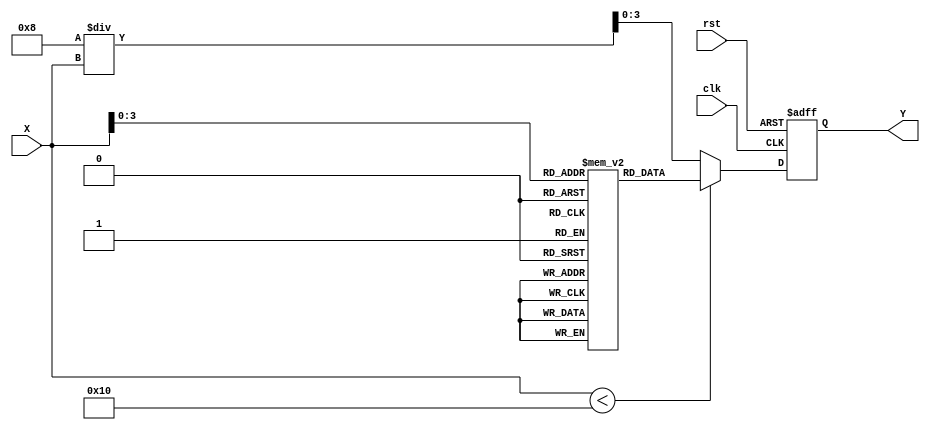
module approx_reciprocal
    #(parameter N = 8,      // Width of input
      parameter M = 4,      // Width of output
      parameter LUT_SIZE = 16 // Size of the LUT
    )
    (
    input  wire [N-1:0] X,  // N-bit input
    output reg  [M-1:0] Y,  // M-bit output
    input  wire clk,         // Clock
    input  wire rst          // Reset
    );

    // LUT for approximate reciprocal values
    reg [M-1:0] lut [0:LUT_SIZE-1];

    // Initialize the LUT with precomputed reciprocal values (for illustration purposes)
    initial begin
        // Populate LUT with approximate reciprocals of 1/1 to 1/16 (for example)
        lut[0] = 4'b0000; // 0 (not valid for reciprocal)
        lut[1] = 4'b1111; // 1/1
        lut[2] = 4'b0111; // 1/2
        lut[3] = 4'b0011; // 1/3
        lut[4] = 4'b0001; // 1/4
        lut[5] = 4'b0001; // 1/5 (approx)
        lut[6] = 4'b0001; // 1/6 (approx)
        lut[7] = 4'b0000; // 1/7 (approx)
        lut[8] = 4'b0000; // 1/8 (approx)
        lut[9] = 4'b0000; // 1/9 (approx)
        lut[10] = 4'b0000; // 1/10 (approx)
        lut[11] = 4'b0000; // 1/11 (approx)
        lut[12] = 4'b0000; // 1/12 (approx)
        lut[13] = 4'b0000; // 1/13 (approx)
        lut[14] = 4'b0000; // 1/14 (approx)
        lut[15] = 4'b0000; // 1/15 (approx)
    end

    // Reciprocal Calculation
    always @(posedge clk or posedge rst) begin
        if (rst) begin
            Y <= 0;  // Reset output
        end else begin
            if (X < LUT_SIZE) begin
                Y <= lut[X]; // Use LUT when X is within range
            end else begin
                // Polynomial Approximation: 1/X ~ a + b/X (simple form for demo)
                // Note: You'll need a more complex polynomial for better accuracy
                // For simplicity, we're assuming it will fit in M bits
                Y <= (M'b1 << (M-1)) / X; // crude approximation for larger inputs
            end
        end
    end

endmodule